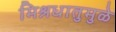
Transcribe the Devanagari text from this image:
मिश्रधातुमुळे